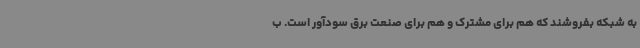
به شبکه بفروشند که هم برای مشترک و هم برای صنعت برق سودآور است. ب